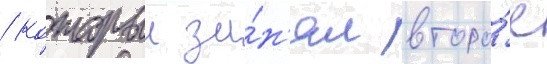
/ которыи за́н'ял второ́е